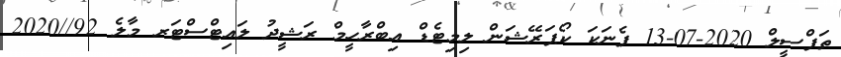
ތަފްސީލް 2020-07-13 ފެނަކަ ކޯޕަރޭޝަން ލިމިޓެޑް އިބްރާހީމް ރަޝީދު ލައިޓްސްޓަރ މާލެ 92//2020